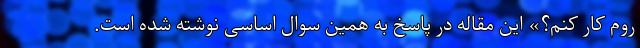
روم کار کنم؟» این مقاله در پاسخ به همین سوال اساسی نوشته شده است.